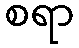
စရာ